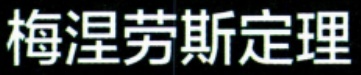
梅涅劳斯定理